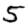
Digit: 5